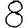
Digit: 8